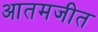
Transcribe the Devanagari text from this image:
आतमजीत